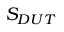
S _ { D U T }